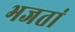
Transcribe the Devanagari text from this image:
भजतां